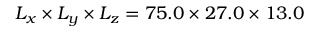
L _ { x } \times L _ { y } \times L _ { z } = 7 5 . 0 \times 2 7 . 0 \times 1 3 . 0